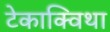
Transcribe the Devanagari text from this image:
टेकाक्विथा